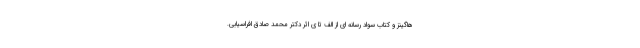
هاگینز و کتاب سواد رسانه ای از الف تا ی اثر دکتر محمد صادق افراسیابی.